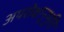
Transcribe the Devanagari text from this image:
अपरोक्षानूभुति